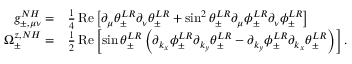
\begin{array} { r l } { g _ { \pm , \mu \nu } ^ { N H } = } & { { } \frac { 1 } { 4 } \operatorname { R e } \left[ \partial _ { \mu } \theta _ { \pm } ^ { L R } \partial _ { \nu } \theta _ { \pm } ^ { L R } + \sin ^ { 2 } \theta _ { \pm } ^ { L R } \partial _ { \mu } \phi _ { \pm } ^ { L R } \partial _ { \nu } \phi _ { \pm } ^ { L R } \right] } \\ { \Omega _ { \pm } ^ { z , N H } = } & { { } \frac { 1 } { 2 } \operatorname { R e } \left[ \sin \theta _ { \pm } ^ { L R } \left( \partial _ { k _ { x } } \phi _ { \pm } ^ { L R } \partial _ { k _ { y } } \theta _ { \pm } ^ { L R } - \partial _ { k _ { y } } \phi _ { \pm } ^ { L R } \partial _ { k _ { x } } \theta _ { \pm } ^ { L R } \right) \right] . } \end{array}